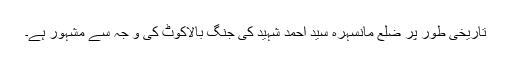
تاریخی طور پر ضلع مانسہرہ سید احمد شہید کی جنگ بالاکوٹ کی و جہ سے مشہور ہے۔